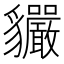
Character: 𧴣